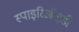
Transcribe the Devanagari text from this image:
स्पाइरिऑइडी